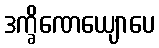
ဒက္ခိဏေယျောပေ